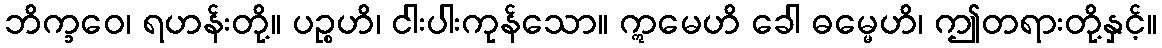
ဘိက္ခဝေ၊ ရဟန်းတို့။ ပဉ္စဟိ၊ ငါးပါးကုန်သော။ ဣမေဟိ ခေါ ဓမ္မေဟိ၊ ဤတရားတို့နှင့်။